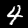
Digit: 4